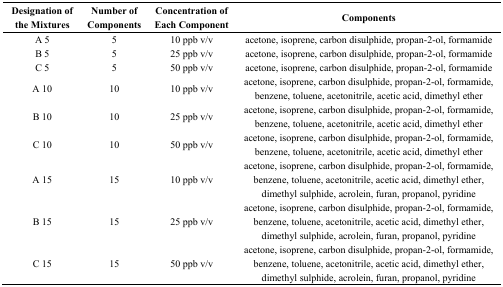
<table><thead><tr><td><b>Designation of the Mixtures</b></td><td><b>Number of Components</b></td><td><b>Concentration of Each Component</b></td><td><b>Components</b></td></tr></thead><tbody><tr><td>A 5</td><td>5</td><td>10 ppb v/v</td><td>acetone, isoprene, carbon disulphide, propan-2-ol, formamide</td></tr><tr><td>B 5</td><td>5</td><td>25 ppb v/v</td><td>acetone, isoprene, carbon disulphide, propan-2-ol, formamide</td></tr><tr><td>C 5</td><td>5</td><td>50 ppb v/v</td><td>acetone, isoprene, carbon disulphide, propan-2-ol, formamide</td></tr><tr><td>A 10</td><td>10</td><td>10 ppb v/v</td><td>acetone, isoprene, carbon disulphide, propan-2-ol, formamide, benzene, toluene, acetonitrile, acetic acid, dimethyl ether</td></tr><tr><td>B 10</td><td>10</td><td>25 ppb v/v</td><td>acetone, isoprene, carbon disulphide, propan-2-ol, formamide, benzene, toluene, acetonitrile, acetic acid, dimethyl ether</td></tr><tr><td>C 10</td><td>10</td><td>50 ppb v/v</td><td>acetone, isoprene, carbon disulphide, propan-2-ol, formamide, benzene, toluene, acetonitrile, acetic acid, dimethyl ether</td></tr><tr><td>A 15</td><td>15</td><td>10 ppb v/v</td><td>acetone, isoprene, carbon disulphide, propan-2-ol, formamide, benzene, toluene, acetonitrile, acetic acid, dimethyl ether, dimethyl sulphide, acrolein, furan, propanol, pyridine</td></tr><tr><td>B 15</td><td>15</td><td>25 ppb v/v</td><td>acetone, isoprene, carbon disulphide, propan-2-ol, formamide, benzene, toluene, acetonitrile, acetic acid, dimethyl ether, dimethyl sulphide, acrolein, furan, propanol, pyridine</td></tr><tr><td>C 15</td><td>15</td><td>50 ppb v/v</td><td>acetone, isoprene, carbon disulphide, propan-2-ol, formamide, benzene, toluene, acetonitrile, acetic acid, dimethyl ether, dimethyl sulphide, acrolein, furan, propanol, pyridine</td></tr></tbody></table>